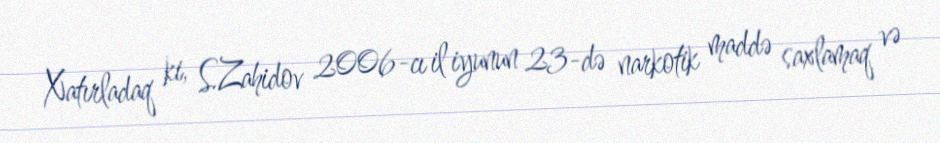
Xatırladaq ki, S.Zahidov 2006-cı il iyunun 23-də narkotik maddə saxlamaq və